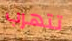
تتهرب